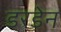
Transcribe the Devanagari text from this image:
डरडेन